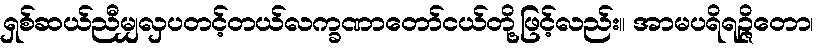
ရှစ်ဆယ်ညီမျှလှပတင့်တယ်လက္ခဏာတော်ငယ်တို့ဖြင့်လည်း။ အာမပရိရဉ္ဇိတော၊